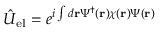
\hat { U } _ { \mathrm { e l } } = e ^ { i \int d { \bf r } \Psi ^ { \dagger } ( { \bf r } ) \chi ( { \bf r } ) \Psi ( { \bf r } ) }